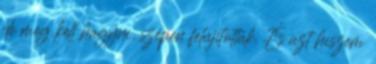
de meg kell hagyni, szépen felújították. És azt hiszem